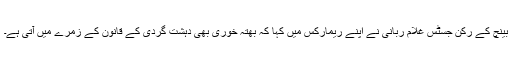
بینچ کے رکن جسٹس غلام ربانی نے اپنے ریمارکس میں کہا کہ بھتہ خوری بھی دہشت گردی کے قانون کے زمرے میں آتی ہے۔